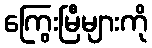
ကြွေးမြီများကို